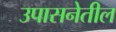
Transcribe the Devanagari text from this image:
उपासनेतील